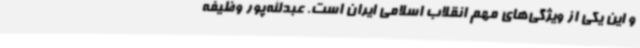
و این یکی از ویژگی‌های مهم انقلاب اسلامی ایران است. عبدالله‌پور وظیفه